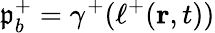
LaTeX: \mathfrak{p}_{b}^{+}=\gamma^{+}(\ell^{+}(\mathbf{r},t))